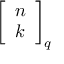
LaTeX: { \left[ \begin{array} { l } { n } \\ { k } \end{array} \right] } _ { q }